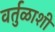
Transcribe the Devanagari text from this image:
वर्तुळाशी